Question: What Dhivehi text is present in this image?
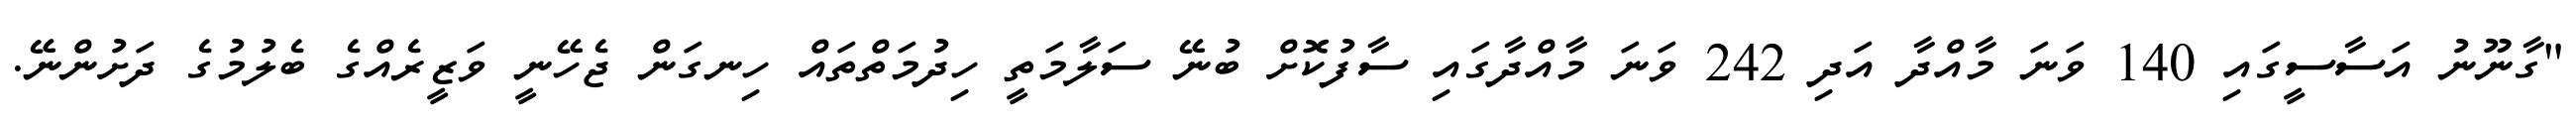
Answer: "ގާނޫނު އަސާސީގައި 140 ވަނަ މާއްދާ އަދި 242 ވަނަ މާއްދާގައި ސާފުކޮށް ބުނޭ ސަލާމަތީ ހިދުމަތްތައް ހިނގަން ޖެހޭނީ ވަޒީރެއްގެ ބެލުމުގެ ދަށުންނޭ.